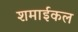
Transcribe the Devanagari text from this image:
शमाईकल